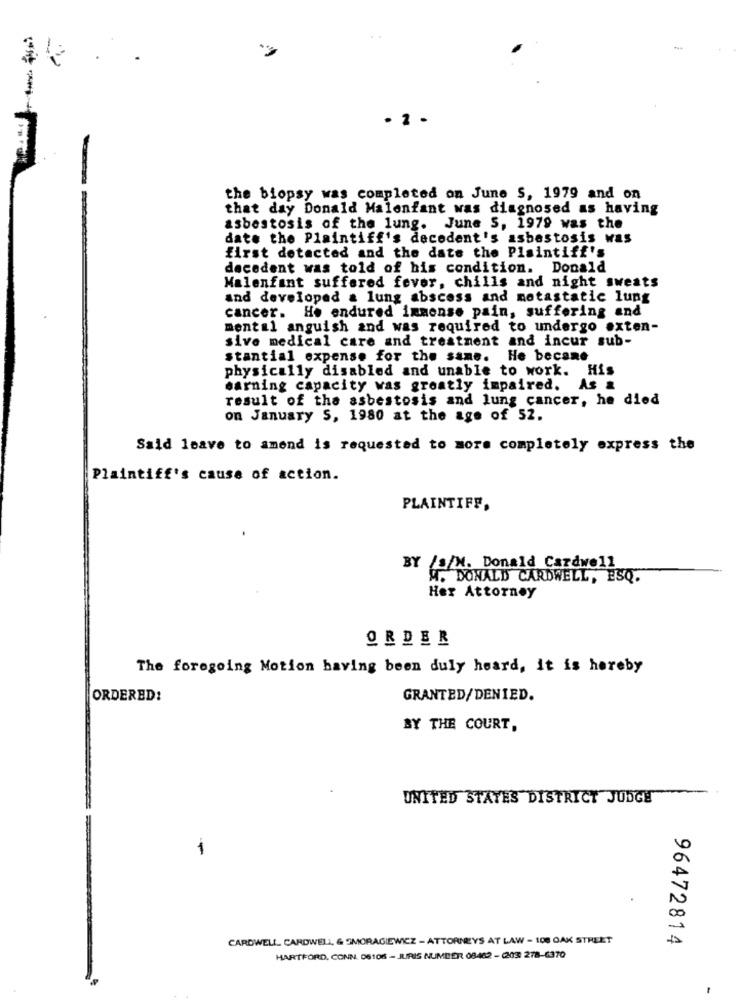
the biopsy was completed on June S, 1979 and on
that day Donald Malenfant was diagnosed as having
asbestosis of the lung. June S, 1979 was the
date the Plaintiff's decodent's asbestosis was
first detected and the date the Plaintiff's
decedent was told of his condition. Donald
Malenfant suffered fever, chills and night sweats
and developed a lung abscess and metastatic lung
cancer. Ho endured immense pain, suffering and
mental anguish and was required to undergo exten-
sive medical care and treatment and incur sub-
stantial expense for the same. He became
physically disabled and unable to work. His
earning capacity was greatly impaired. As &
result of the asbestosis and lung cancer, he died
on January S, 1980 at the age of 52.
Said leave to amend is requested to more completely express the
Plaintiff's cause of action.
PLAINTIFF,
BY /s/M. Donald Cardwell
W. DONALD CARDWELL, ESQ.
Her Attorney
ORDER
The foregoing Motion having been duly heard, it is hereby
ORDERED:
GRANTED/DENIED.
BY THE COURT,
UNITED STATES DISTRICT JUDGE
-
CARDWELL CARDWELL, & SMORAGIEWICZ - ATTORNEYS AT LAW - 108 OAK STREET
96472814
HARTFORD, CONN. 06106 - JURIS NUMBER 08482 - (203 278-6370